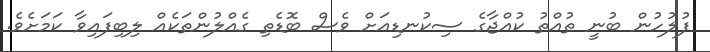
ފުލުހުން ބުނީ ތުއްތު ކުއްޖާގެ ސިކުނޑިއަށް ވެސް ބޮޑެތި ގެއްލުންތަކެއް ލިބިފައިވާ ކަމަށެވެ.